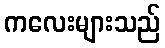
ကလေးများသည်